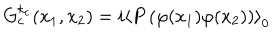
G _ { c } ^ { k _ { c } } ( x _ { 1 } , x _ { 2 } ) = i \left\langle P \left( \varphi ( x _ { 1 } ) \varphi ( x _ { 2 } ) \right) \right\rangle _ { 0 }